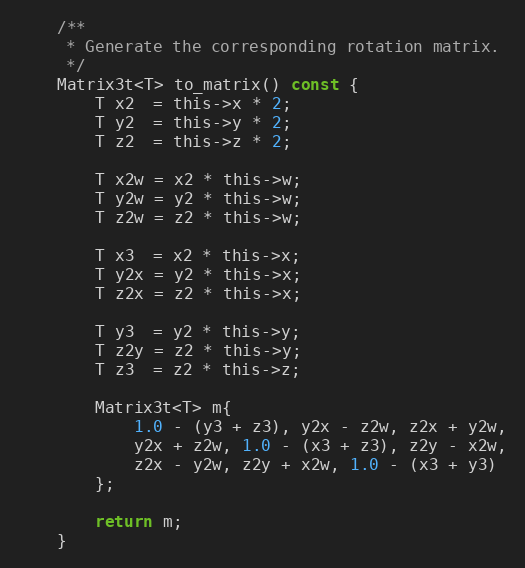
Language: C
	/**
	 * Generate the corresponding rotation matrix.
	 */
	Matrix3t<T> to_matrix() const {
		T x2  = this->x * 2;
		T y2  = this->y * 2;
		T z2  = this->z * 2;

		T x2w = x2 * this->w;
		T y2w = y2 * this->w;
		T z2w = z2 * this->w;

		T x3  = x2 * this->x;
		T y2x = y2 * this->x;
		T z2x = z2 * this->x;

		T y3  = y2 * this->y;
		T z2y = z2 * this->y;
		T z3  = z2 * this->z;

		Matrix3t<T> m{
			1.0 - (y3 + z3), y2x - z2w, z2x + y2w,
			y2x + z2w, 1.0 - (x3 + z3), z2y - x2w,
			z2x - y2w, z2y + x2w, 1.0 - (x3 + y3)
		};

		return m;
	}